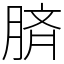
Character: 𦜝